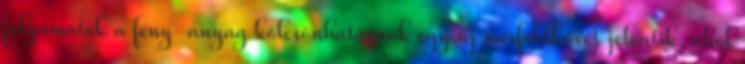
folyamatok a fény-anyag kölcsönhatásnak egy új mérföldkövét jelentik, ahol